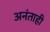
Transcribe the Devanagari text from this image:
अनंताही